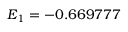
E _ { 1 } = - 0 . 6 6 9 7 7 7